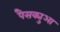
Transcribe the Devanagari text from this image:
पैसक्युआ